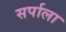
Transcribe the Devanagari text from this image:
सर्पाला